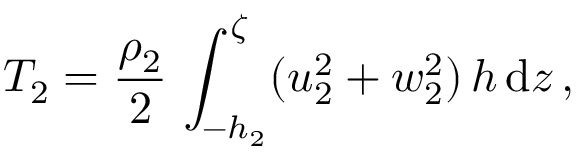
T _ { 2 } = \frac { \rho _ { 2 } } { 2 } \, \int _ { - h _ { 2 } } ^ { \zeta } ( u _ { 2 } ^ { 2 } + w _ { 2 } ^ { 2 } ) \, h \, \mathrm { d } z \, ,